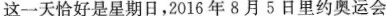
这一天恰好是星期日，2016年8月5日里约奥运会